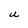
Character: C